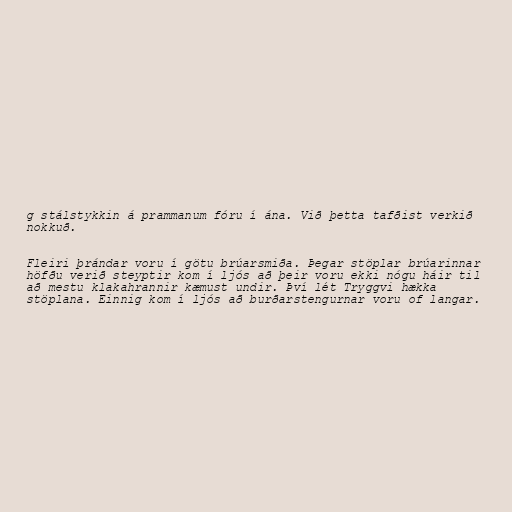
g stálstykkin á prammanum fóru í ána. Við þetta tafðist verkið
nokkuð.

Fleiri þrándar voru í götu brúarsmiða. Þegar stöplar brúarinnar
höfðu verið steyptir kom í ljós að þeir voru ekki nógu háir til
að mestu klakahrannir kæmust undir. Því lét Tryggvi hækka
stöplana. Einnig kom í ljós að burðarstengurnar voru of langar.